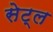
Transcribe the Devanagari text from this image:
सेट्ल